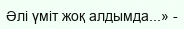
Әлі үміт жоқ алдымда...» -